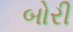
બોરી